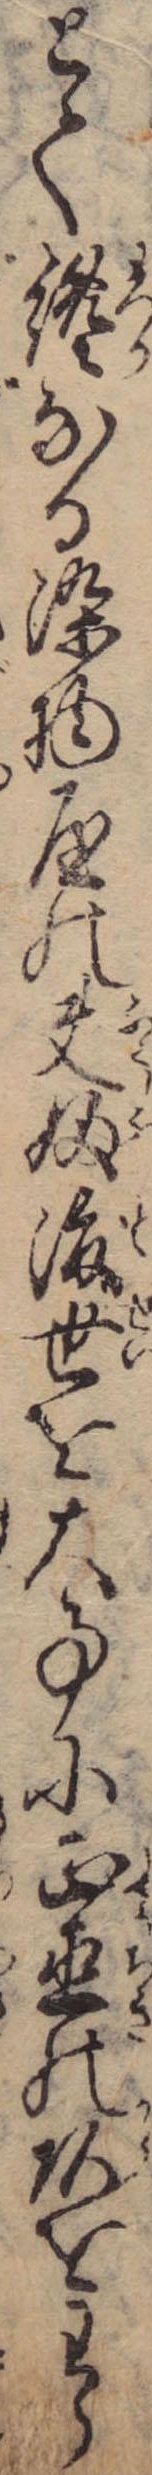
とて纔なる染物屋の夫婦渡世を大事に正直の頭をわら